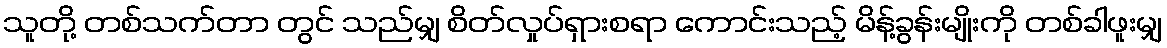
သူတို့ တစ်သက်တာ တွင် သည်မျှ စိတ်လှုပ်ရှားစရာ ကောင်းသည့် မိန့်ခွန်းမျိုးကို တစ်ခါဖူးမျှ